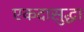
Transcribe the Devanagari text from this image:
एकदासुद्धा